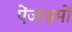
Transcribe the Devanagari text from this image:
ऐंजाइमों